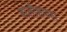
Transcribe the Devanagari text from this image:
बालीशपणा